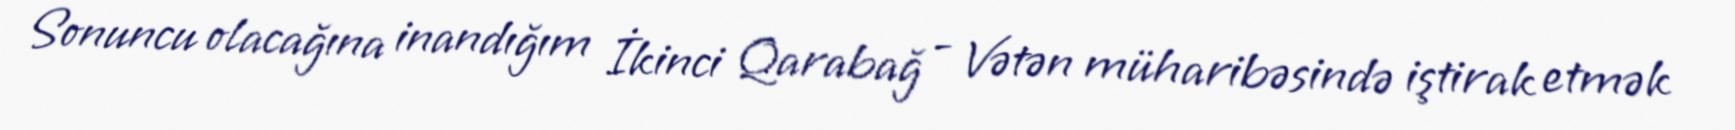
Sonuncu olacağına inandığım İkinci Qarabağ - Vətən müharibəsində iştirak etmək